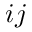
i j